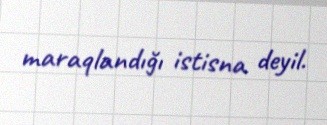
maraqlandığı istisna deyil.